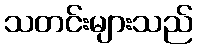
သတင်းများသည်